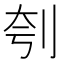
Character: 刳